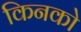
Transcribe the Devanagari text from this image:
किनको